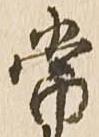
当